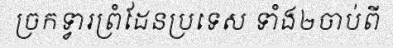
ច្រកទ្វារព្រំដែនប្រទេស ទាំង២ចាប់ពី